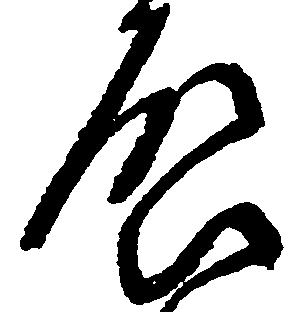
啓